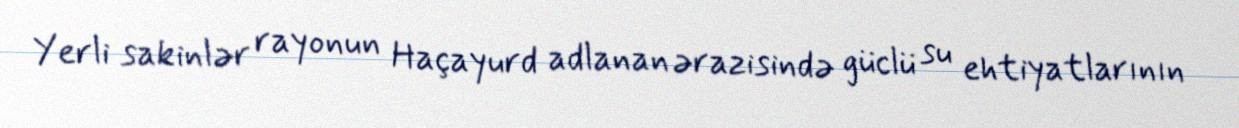
Yerli sakinlər rayonun Haçayurd adlanan ərazisində güclü su ehtiyatlarının